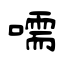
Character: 嚅